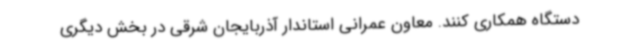
دستگاه همکاری کنند. معاون عمرانی استاندار آذربایجان شرقی در بخش دیگری